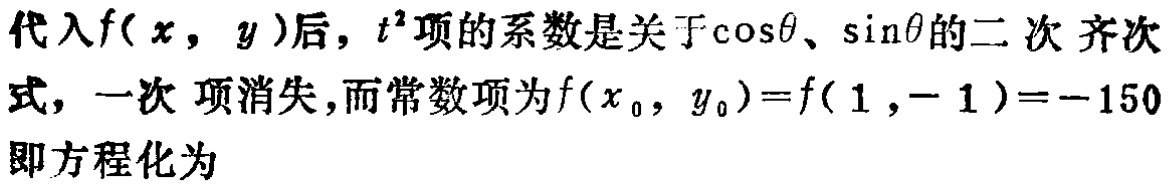
代入\(f(x,y)\)后，\(t^{2}\)项的系数是关于\(\cos\theta\)、\(\sin\theta\)的二次齐次式，一次项消失，而常数项为\(f(x_{0},y_{0}) = f(1,-1)= - 150\)即方程化为